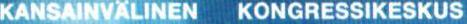
KANSAINVÄLINEN KONGRESSIKESKUS